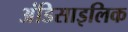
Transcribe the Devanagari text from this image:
अंडिसाइलिक